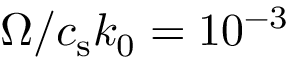
\Omega / c _ { \mathrm { s } } k _ { 0 } = 1 0 ^ { - 3 }